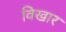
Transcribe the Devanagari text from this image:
विखार